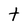
Character: t